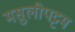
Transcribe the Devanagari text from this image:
मसुलीपट्टम